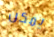
يمكن